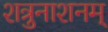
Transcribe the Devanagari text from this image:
शत्रुनाशनम्